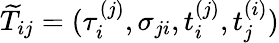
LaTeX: \widetilde{T}_{ij}=(\tau_{i}^{(j)},\sigma_{ji},t_{i}^{(j)},t_{j}^{(i)})